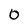
Character: 0